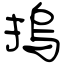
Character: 摀